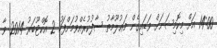
14:00 އަށް މިކޮމިޝަނަށް ވަޑައިގެން މަޢުލޫމާތު ސާފުކުރެއްވުމަށްފަހު 2 އޮކްޓޫބަރު 2014 ވާ